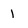
Character: 1